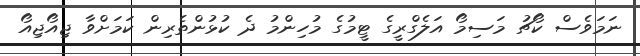
ނަމަވެސް ކޯޗު މަސިމޯ އަލެގްރީގެ ޓީމުގެ މުހިންމު ދެ ކުޅުންތެރިން ކަމަށްވާ ޖިއޯޖިއޯ